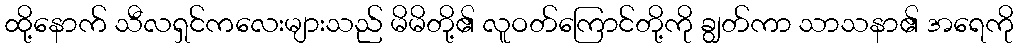
ထို့နောက် သီလရှင်ကလေးများသည် မိမိတို့၏ လူဝတ်ကြောင်တို့ကို ချွတ်ကာ သာသနာ၏ အရေကို